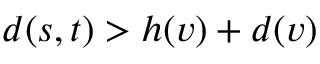
d ( s , t ) > h ( v ) + d ( v )